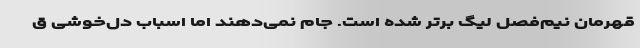
قهرمان نیم‌فصل لیگ برتر شده است. جام نمی‌دهند اما اسباب دل‌خوشی ق